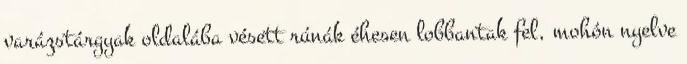
varázstárgyak oldalába vésett rúnák éhesen lobbantak fel, mohón nyelve